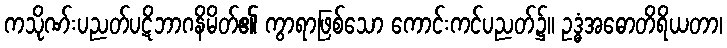
ကသိုဏ်းပညတ်ပဋိဘာဂနိမိတ်၏ ကွာရာဖြစ်သော ကောင်းကင်ပညတ်၌။ ဥဒ္ဓံအဓောတိရိယတာ၊